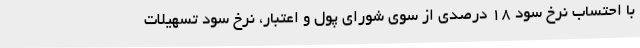
با احتساب نرخ سود ۱۸ درصدی از سوی شورای پول و اعتبار، نرخ سود تسهیلات